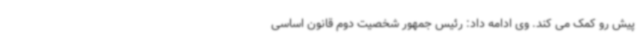
پیش رو کمک می کند. وی ادامه داد: رئیس جمهور شخصیت دوم قانون اساسی